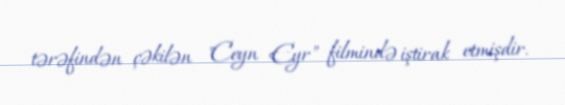
tərəfindən çəkilən "Ceyn Eyr" filmində iştirak etmişdir.